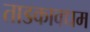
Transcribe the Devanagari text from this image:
ताडकावधम